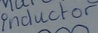
Text: Inductor